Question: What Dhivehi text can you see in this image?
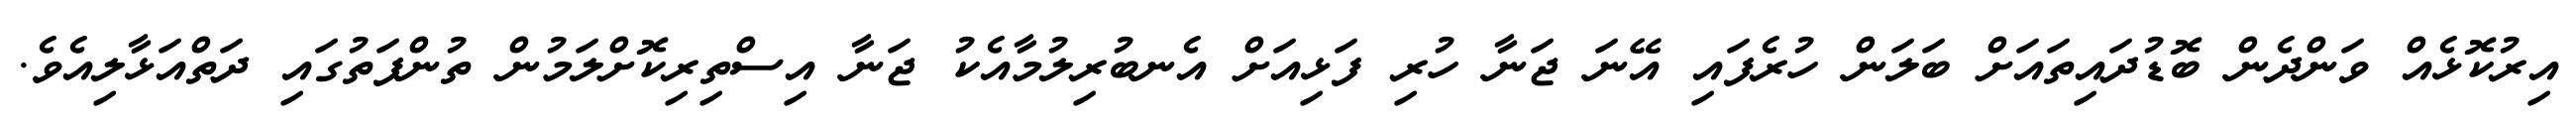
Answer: އިރުކޮޅެއް ވަންދެން ބޮޑުދައިތައަށް ބަލަން ހުރެފައި އޭނަ ޖަނާ ހުރި ފަޅިއަށް އެނބުރިލުމާއެކު ޖަނާ އިސްތިރިކޮށްލަމުން ތުންފަތުގައި ދަތްއަޅާލިއެވެ.